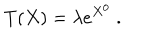
T ( X ) = \lambda e ^ { X ^ { 0 } } ~ .